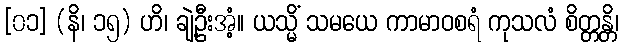
[၀၁] (နိ၊ ၁၅) ဟိ၊ ချဲ့ဦးအံ့။ ယသ္မိံ သမယေ ကာမာဝစရံ ကုသလံ စိတ္တန္တိ၊